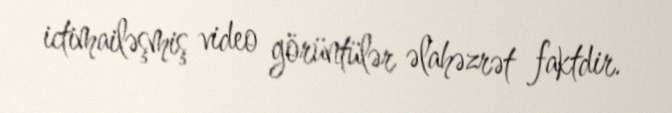
ictimailəşmiş video görüntülər əlahəzrət faktdir.